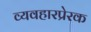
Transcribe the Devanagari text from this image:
व्यवहारप्रेरक